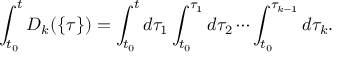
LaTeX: \int _ { t _ { 0 } } ^ { t } { \cal D } _ { k } ( \{ \tau \} ) = \int _ { t _ { 0 } } ^ { t } d \tau _ { 1 } \int _ { t _ { 0 } } ^ { \tau _ { 1 } } d \tau _ { 2 } \cdots \int _ { t _ { 0 } } ^ { \tau _ { k - 1 } } d \tau _ { k } .